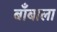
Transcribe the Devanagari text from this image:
बाँबाला